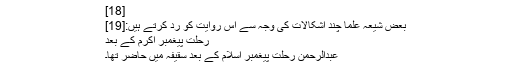
[18]
بعض شیعہ علما چند اشکالات کی وجہ سے اس روایت کو رد کرتے ہیں:[19]
رحلت پیغمبر اکرمؐ کے بعد
عبدالرحمن رحلت پیغمبر اسلامؐ کے بعد سقیفہ میں حاضر تھا۔